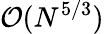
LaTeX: {\cal O}(N^{5/3})